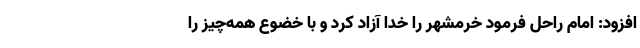
افزود: امام راحل فرمود خرمشهر را خدا آزاد کرد و با خضوع همه‌چیز را